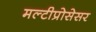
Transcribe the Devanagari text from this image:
मल्टीप्रोसेसर